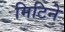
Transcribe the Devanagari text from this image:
मिटिने